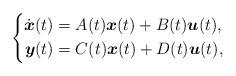
LaTeX: \begin{align*} \left\lbrace \begin{aligned}\dot{\boldsymbol{x}}(t) &= A(t) \boldsymbol{x}(t) + B(t) \boldsymbol{u}(t) , \\\boldsymbol{y}(t) &= C(t) \boldsymbol{x}(t) + D(t) \boldsymbol{u}(t) ,\end{aligned} \right. \end{align*}